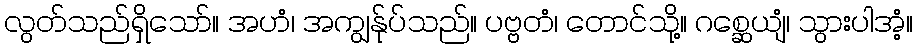
လွတ်သည်ရှိသော်။ အဟံ၊ အကျွန်ုပ်သည်။ ပဗ္ဗတံ၊ တောင်သို့။ ဂစ္ဆေယျံ၊ သွားပါအံ့။